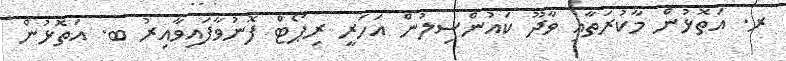
ރ. އަތޮޅުން މާކުރަތާއި ވާދޫ ކައުންސިލުން އަހަރީ ރިޕޯޓް ފޮނުވާފައިވާއިރު ބ. އަތޮޅުން